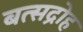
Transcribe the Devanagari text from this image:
बत्सद्रोह